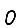
Digit: 0